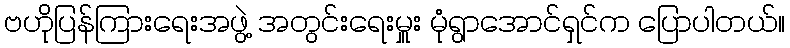
ဗဟိုပြန်ကြားရေးအဖွဲ့ အတွင်းရေးမှူး မုံရွာအောင်ရှင်က ပြောပါတယ်။